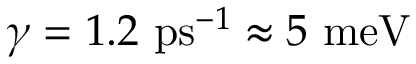
\gamma = 1 . 2 ~ \mathrm { p s } ^ { - 1 } \approx 5 ~ \mathrm { m e V }